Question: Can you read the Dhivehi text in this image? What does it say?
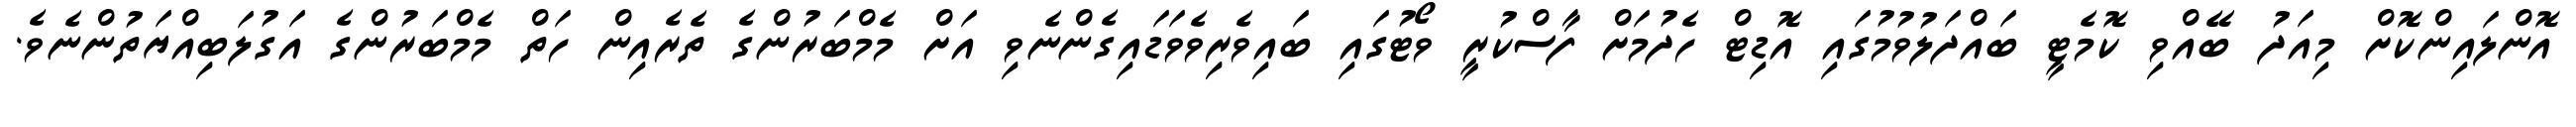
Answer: އޮންލައިންކޮށް މިއަދު ބޭއްވި ކޮމެޓީ ބައްދަލުވުމުގައި އޮޑިޓް ހެދުމަށް ފާސްކުރީ ވޯޓުގައި ބައިވެރިވެވަޑައިގެންނެވި އަށް މެމްބަރުންގެ ތެރެއިން ހަތް މެމްބަރުންގެ އަގުލަބިއްޔަތުންނެވެ.